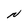
Character: N